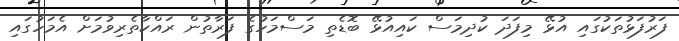
ފަރުފަޅުތަކުގައި އުޅޭ މިފަދަ ކުދިމަސް ކައިއުޅޭ ބޮޑެތި މަސްމަހުގެ ފަރާތުން ރައްކާތެރިވުމަށް އެމަހުގައި